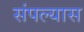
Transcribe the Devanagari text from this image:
संपल्यास